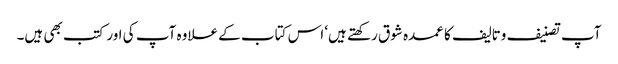
آپ تصنیف وتالیف کا عمدہ شوق رکھتے ہیں‘ اس کتاب کے علاوہ آپ کی اور کتب بھی ہیں۔